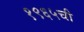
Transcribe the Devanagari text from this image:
१९६५ची